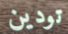
تودين